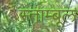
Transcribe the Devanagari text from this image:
स्ताम्बूल